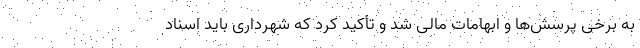
به برخی پرسش‌ها و ابهامات مالی شد و تأکید کرد که شهرداری باید اسناد